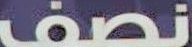
نصف